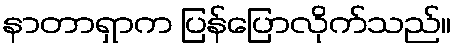
နာတာရှာက ပြန်ပြောလိုက်သည်။